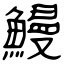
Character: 鰻